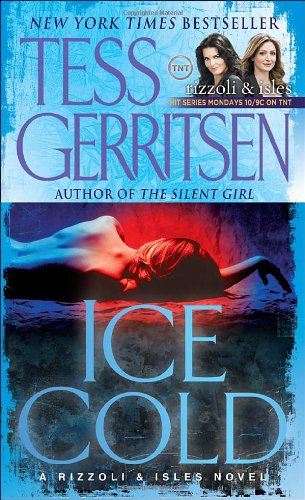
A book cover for Ice Cold: A Rizzoli & Isles Novel; Tess Gerritsen; Mystery, Thriller & Suspense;